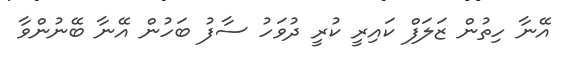
އޭނާ ހިތުން ޒަލަފް ކައިރީ ކުރީ ދުވަހު ސާފު ބަހުން އޭނާ ބޭނުންވާ